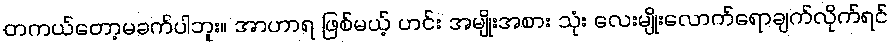
တကယ်တော့မခက်ပါဘူး။ အာဟာရ ဖြစ်မယ့် ဟင်း အမျိုးအစား သုံး လေးမျိုးလောက်ရောချက်လိုက်ရင်